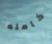
كامله